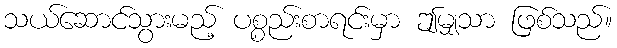
သယ်ဆောင်သွားမည့် ပစ္စည်းစာရင်းမှာ ဤမျှသာ ဖြစ်သည်။